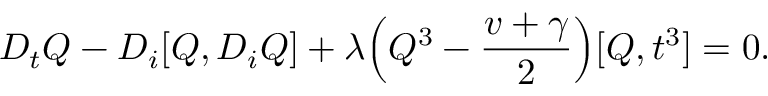
D _ { t } Q - D _ { i } [ Q , D _ { i } Q ] + { \lambda } \Big ( Q ^ { 3 } - \frac { v + \gamma } { 2 } \Big ) [ Q , t ^ { 3 } ] = 0 .